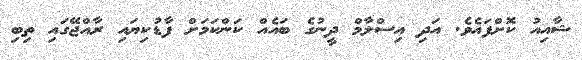
ޝާއިއު ކޮށްފައެވެ. އަދި އިސްލާމް ދީނުގެ ބައެއް ކަންކަމަށް ފާޑުކިޔައި ރާއްޖޭގައި ތިބި